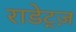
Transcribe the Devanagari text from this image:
राडेट्ज़